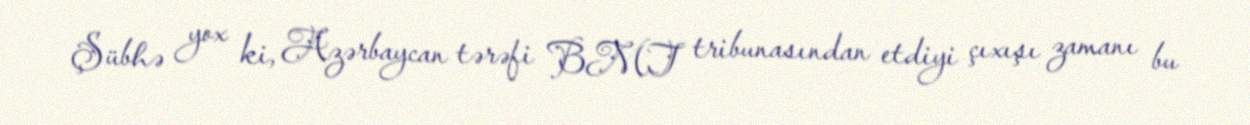
Şübhə yox ki, Azərbaycan tərəfi BMT tribunasından etdiyi çıxışı zamanı bu